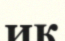
иқ